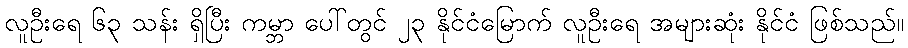
လူဦးရေ ၆၃ သန်း ရှိပြီး ကမ္ဘာ ပေါ်တွင် ၂၃ နိုင်ငံမြောက် လူဦးရေ အများဆုံး နိုင်ငံ ဖြစ်သည်။